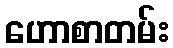
ဟောစာတမ်း